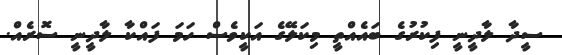
ސީދާ ލާދީނީ ފިކުރުގެ ބައެއްތީ މިކަލޭގެ އަކީވެސް ހަމަ ފައްކާ ލާދީނީ ސޮރެއް.